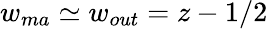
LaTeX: w_{ma}\simeq w_{out}=z-1/2